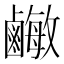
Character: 𪉾